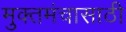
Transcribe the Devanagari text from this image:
मुक्तमंचासाठी